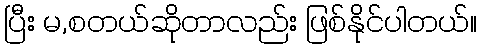
ပြီး မ,စတယ်ဆိုတာလည်း ဖြစ်နိုင်ပါတယ်။